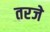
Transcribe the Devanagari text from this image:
तरजे